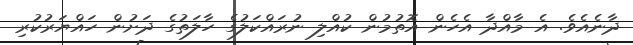
ދާނެއެވެ. އެ މާއްދާ އެހެން އޮތުމުން ކުއްލި ނުރައްކަލުގެ ހާލަތުގެ ދަށުން ހައްޔަރުކުރި